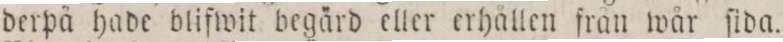
derpä hade blifwit begärd eller erhållen från wår ſida.